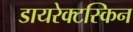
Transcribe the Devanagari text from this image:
डायरेक्टस्किन